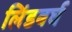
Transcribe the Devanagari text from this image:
लिंडबर्घ